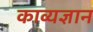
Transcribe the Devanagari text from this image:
काव्यज्ञान